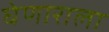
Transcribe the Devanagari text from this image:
घेणाराला